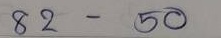
82 - 50